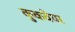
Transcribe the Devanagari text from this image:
कुकवेयर